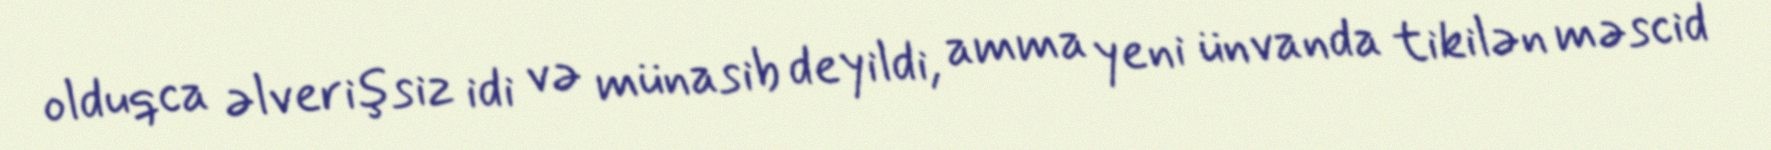
olduqca əlverişsiz idi və münasib deyildi, amma yeni ünvanda tikilən məscid